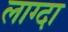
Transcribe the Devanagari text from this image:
लाग्दा